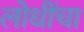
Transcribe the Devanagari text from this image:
लोधींचा